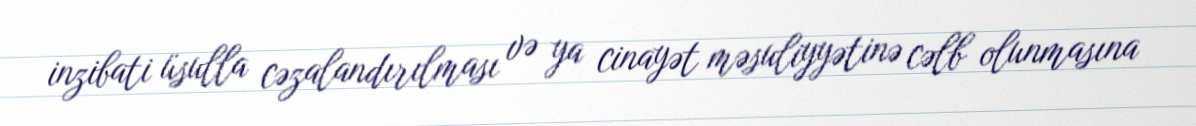
inzibati üsulla cəzalandırılması və ya cinayət məsuliyyətinə cəlb olunmasına